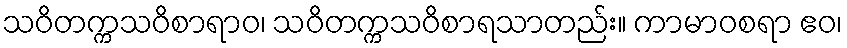
သဝိတက္ကသဝိစာရာဝ၊ သဝိတက္ကသဝိစာရသာတည်း။ ကာမာဝစရာ ဧဝ၊